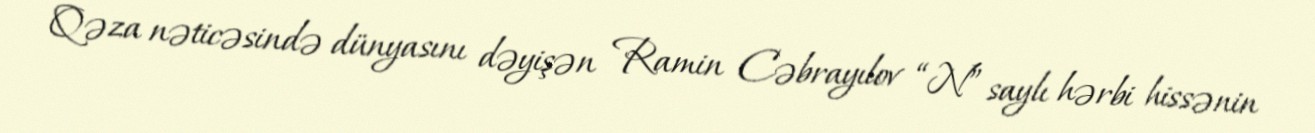
Qəza nəticəsində dünyasını dəyişən Ramin Cəbrayılov “N” saylı hərbi hissənin